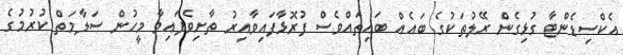
އެކްސިޑެންޓާ ގުޅިގެން ރޭލުތަކުގެ ބައެއް ބައިތައްވެސް ފުރޮޅާފައިވާއިރު ތާށިވެފައިވާ މީހުން ސަލާމަތް ކުރުމުގެ